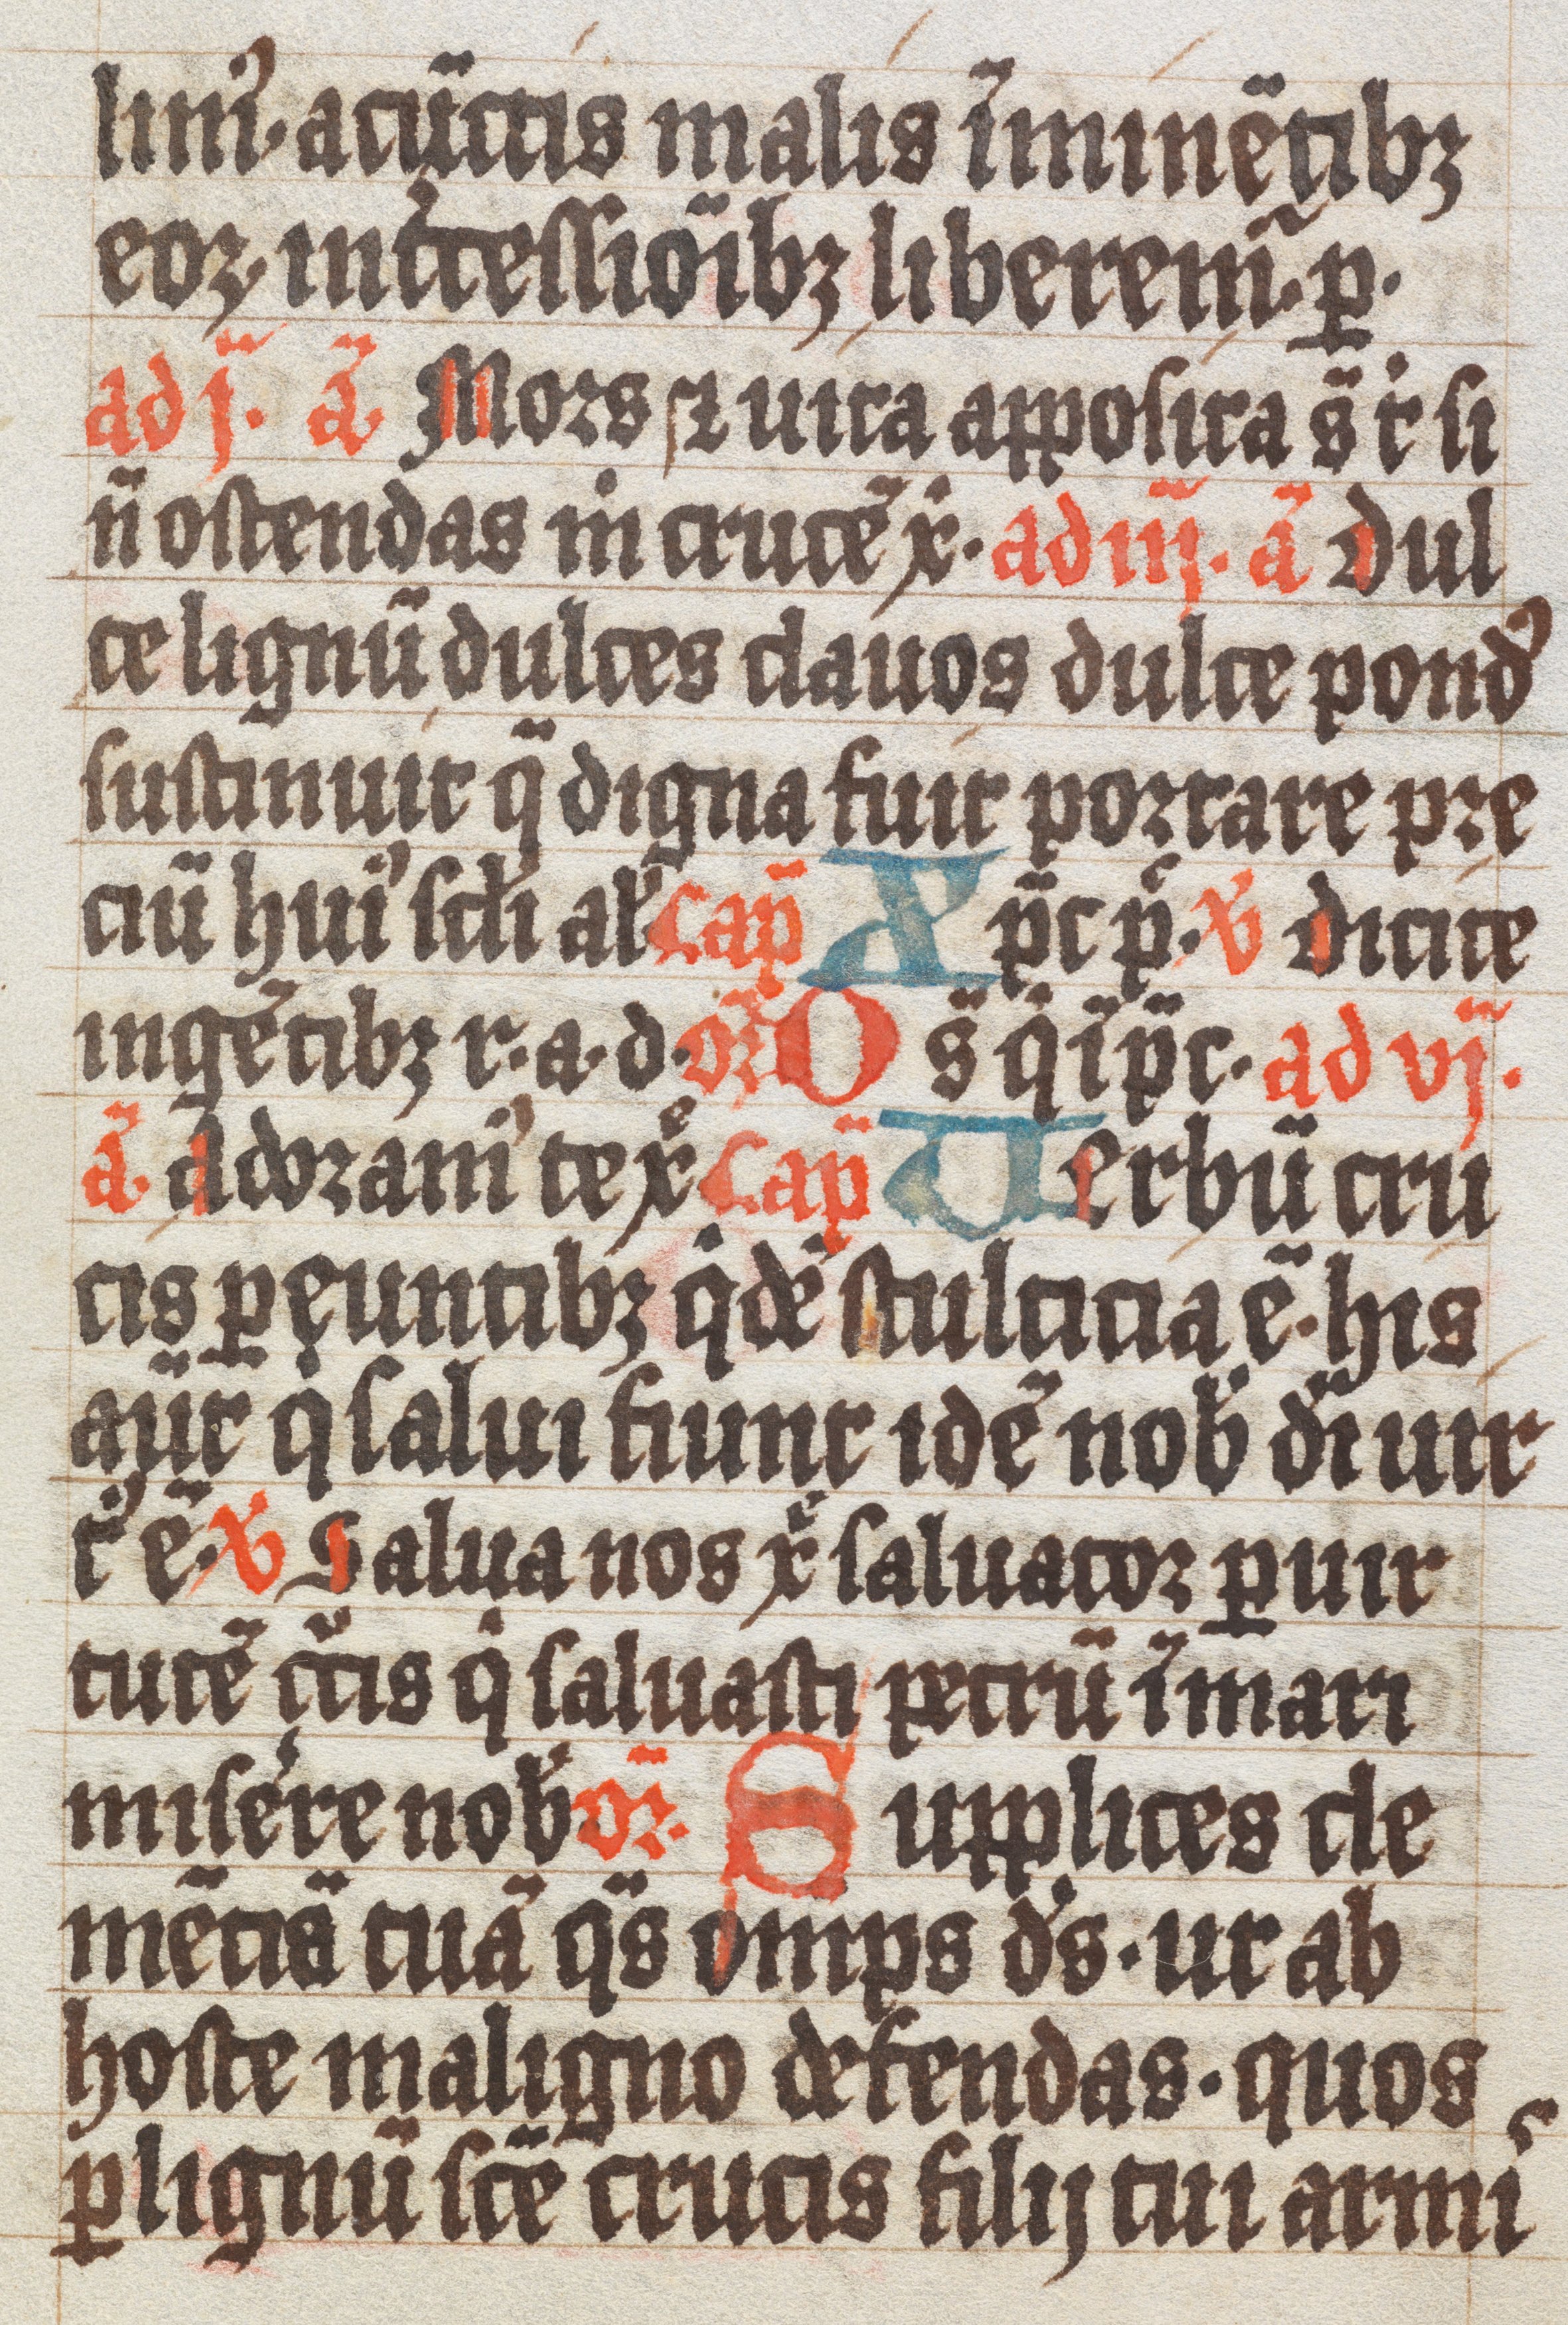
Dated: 1300–1499